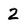
Character: 2